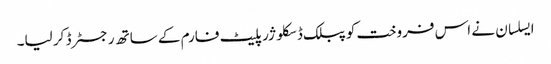
ایسلسان نے اس فروخت کو پبلک ڈسکلوژر پلیٹ فارم کے ساتھ رجسٹرڈ کر لیا۔